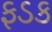
ફડક